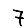
Digit: 7